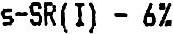
S-SR(I) - 6%